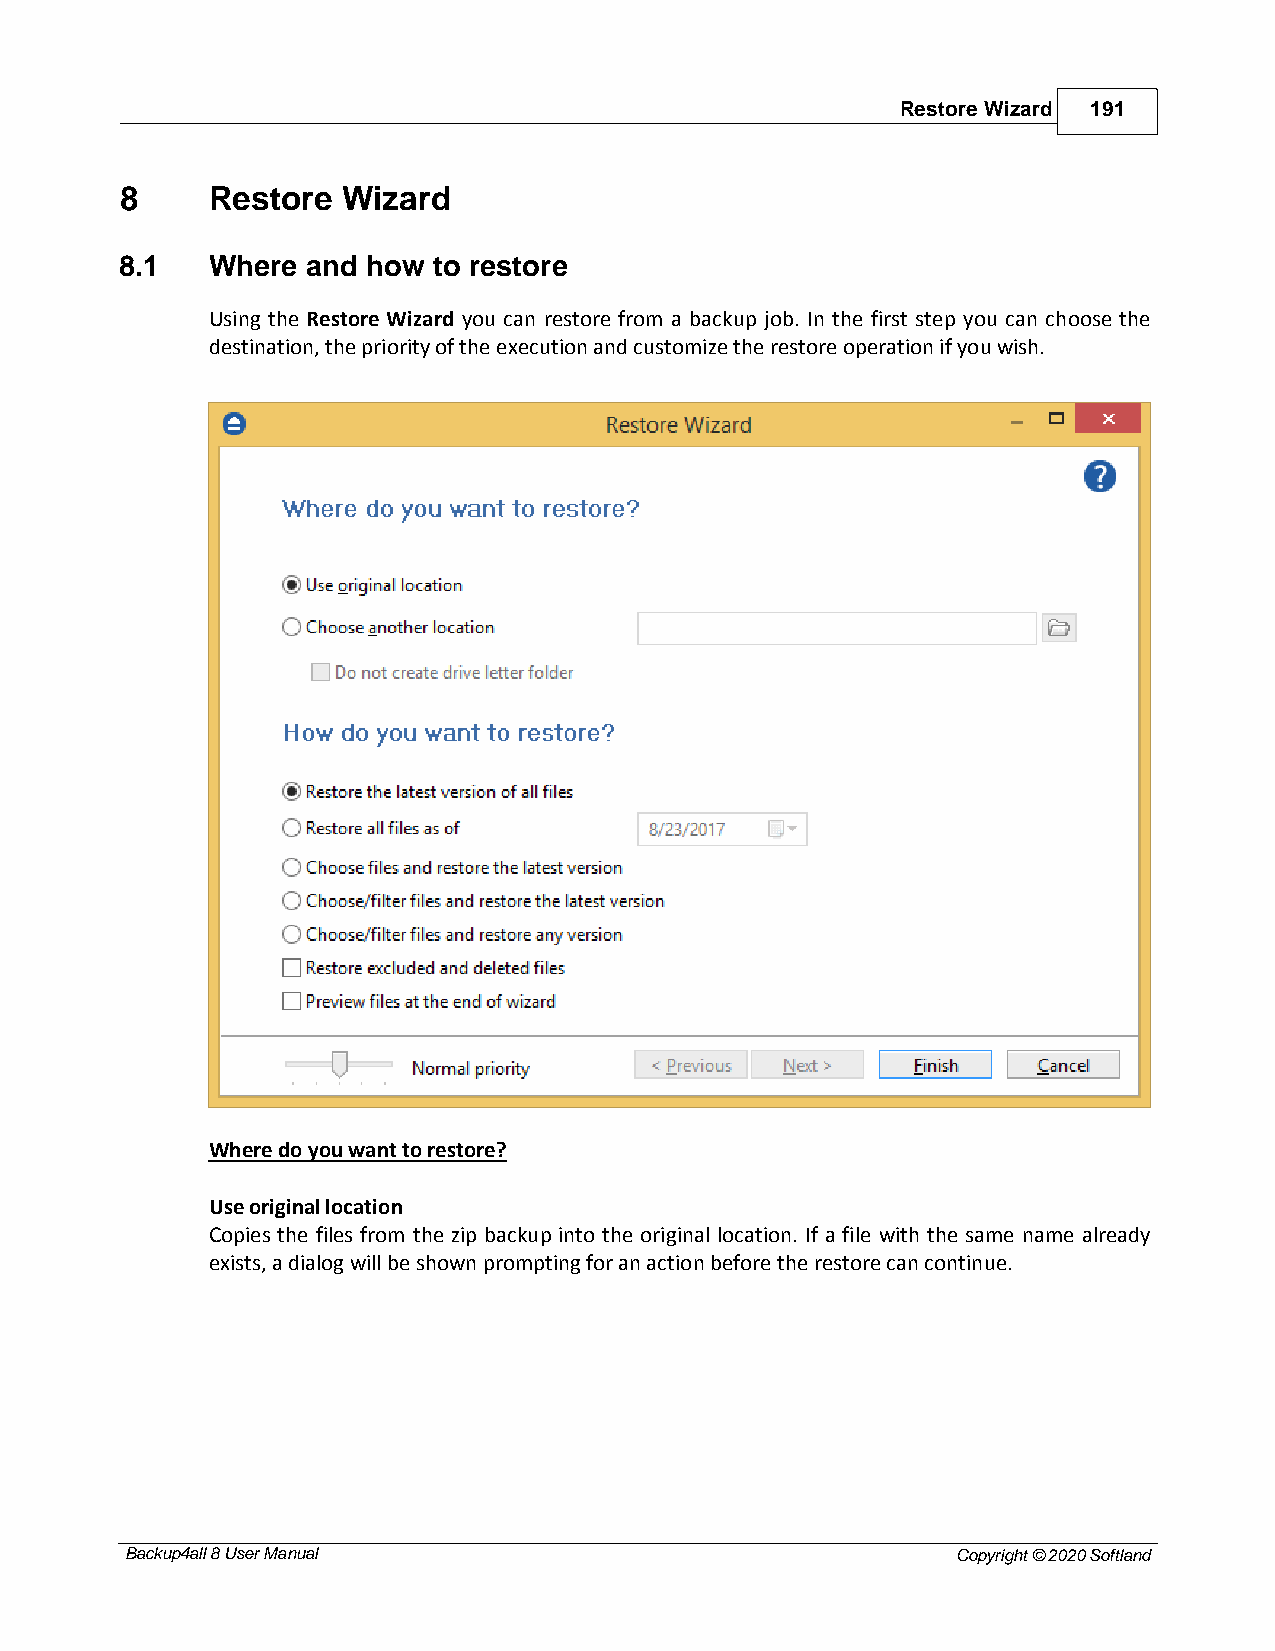
Restore Wizard 191
 8     Restore  Wizard
 8.1   Where and how  to restore
 Using the Restore Wizard you can restore from a backup job. In the first step you can choose the
 destination, the priority of the execution and customize the restore operation if you wish.
 Where do you want to restore?
 Use original location
 Copies the files from the zip backup into the original location. If a file with the same name already
 exists, a dialog will be shown prompting for an action before the restore can continue.
 Backup4all 8 User Manual                               Copyright © 2020 Softland